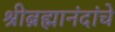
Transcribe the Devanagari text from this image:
श्रीब्रह्मानंदांचे